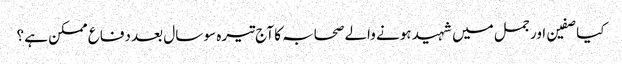
کیا صفین اور جمل میں شہید ہونے والے صحابہ کا آج تیرہ سو سال بعد دفاع ممکن ہے ؟